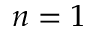
n = 1